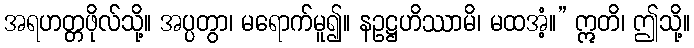
အရဟတ္တဖိုလ်သို့။ အပ္ပတွာ၊ မရောက်မူ၍။ နဥဋ္ဌဟိဿာမိ၊ မထအံ့။” ဣတိ၊ ဤသို့။